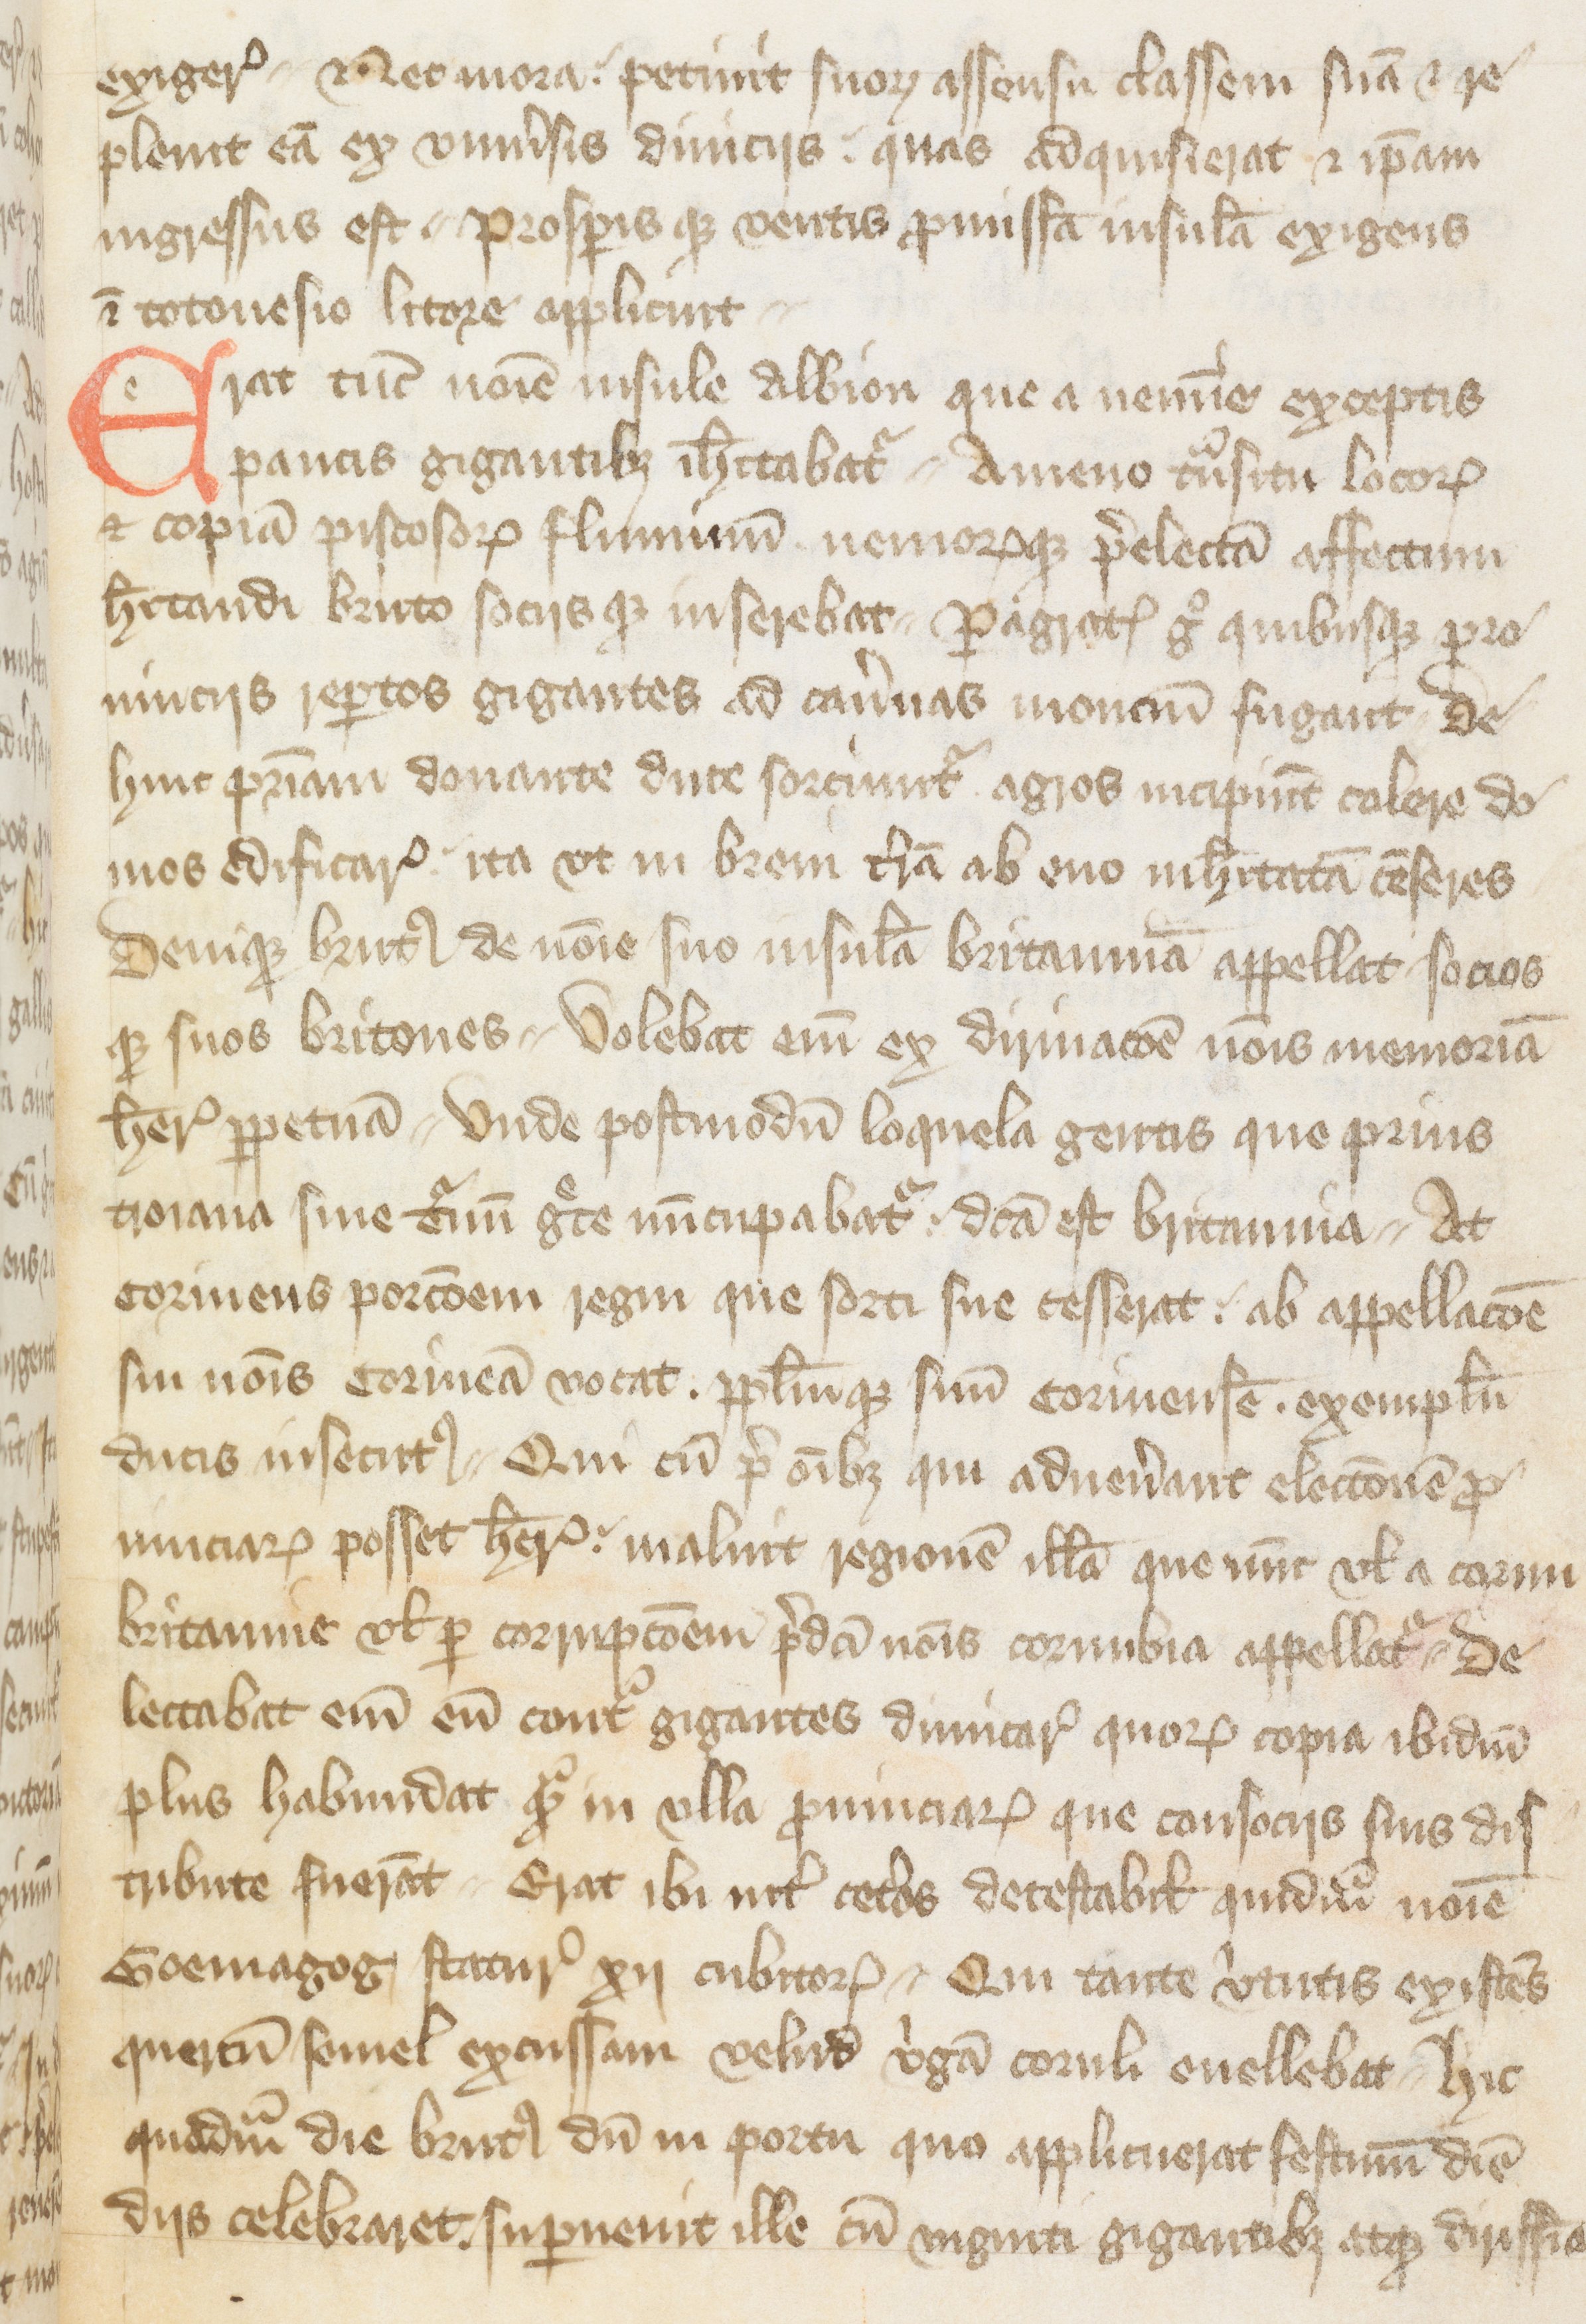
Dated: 1400–1499